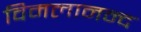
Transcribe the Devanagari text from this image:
विमलानन्द